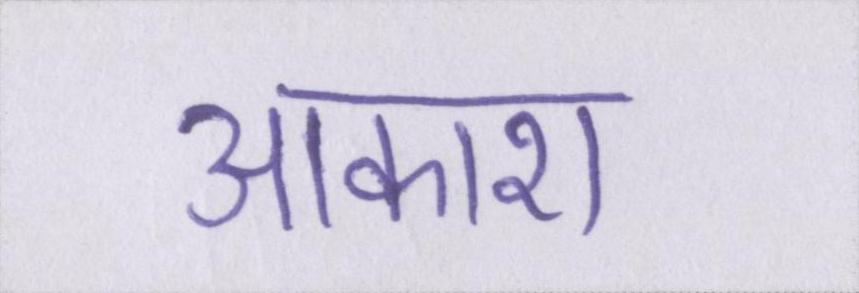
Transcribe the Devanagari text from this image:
आकाश